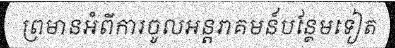
ព្រមានអំពីការចូលអន្តរាគមន៍បន្ថែមទៀត